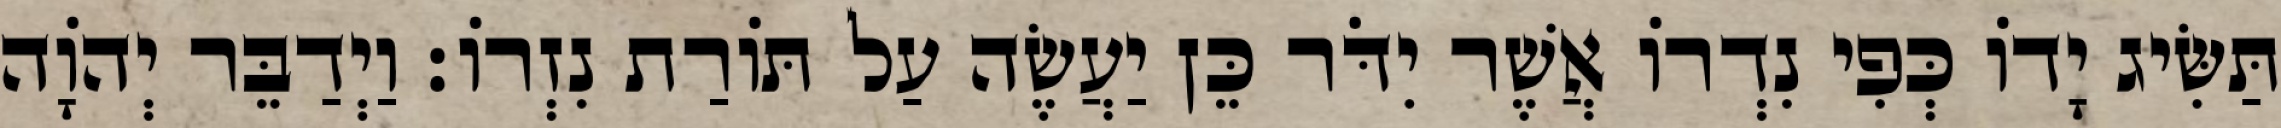
תַּשִּׂיג יָדוֹ כְּפִי נִדְרוֹ אֲשֶׁר יִדֹּר כֵּן יַעֲשֶׂה עַל תּוֹרַת נִזְרוֹ׃ וַיְדַבֵּר יְהוָֹה